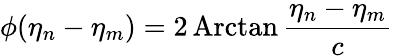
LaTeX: \phi(\eta_{n}-\eta_{m})=2\, \mathrm{Arctan}\, \frac{\eta_{n}-\eta_{m}}c